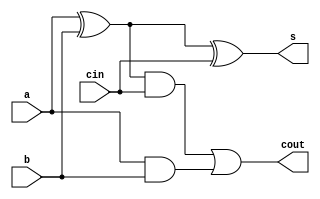
`timescale 1 ns / 100 ps

`define BITS 4
`define NUM_INPUTS 2

module FA (
  a,
  b,
  cin,
  s,
  cout
);
   input a,b,cin;
   output s,cout;

   wire   xor_int, and0_int, and1_int;

   assign xor_int = a ^ b;
   assign and0_int = xor_int & cin;
   assign and1_int = a & b;
   
   

   assign s = xor_int^cin;
   assign cout = and0_int | and1_int;
   

endmodule // FA

module HA (
  a,
  b,
  s,
  cout
);

   input a,b;
   output s,cout;

   assign s = a ^ b;
   assign cout = a & b;
   

endmodule // HA


module array_mul (
    a,
    b,
    z);

   input  [`BITS-1:0] a,b;
   output [(`NUM_INPUTS*`BITS)-1:0] z;

   wire [`BITS*(`BITS-1)-1:0]       c;
   wire [`BITS*(`BITS-1)-1:0]       s;
   wire                             pp00;
   wire                             pp01;
   wire                             pp02;
   wire                             pp03;
   wire                             pp10;
   wire                             pp11;
   wire                             pp12;
   wire                             pp13;
   wire                             pp20;
   wire                             pp21;
   wire                             pp22;
   wire                             pp23;
   wire                             pp30;
   wire                             pp31;
   wire                             pp32;
   wire                             pp33;

   assign pp00 = a[0] & b[0];
   assign pp01 = a[0] & b[1];
   assign pp02 = a[0] & b[2];
   assign pp03 = a[0] & b[3];
   assign pp10 = a[1] & b[0];
   assign pp11 = a[1] & b[1];
   assign pp12 = a[1] & b[2];
   assign pp13 = a[1] & b[3];
   assign pp20 = a[2] & b[0];
   assign pp21 = a[2] & b[1];
   assign pp22 = a[2] & b[2];
   assign pp23 = a[2] & b[3];
   assign pp30 = a[3] & b[0];
   assign pp31 = a[3] & b[1];
   assign pp32 = a[3] & b[2];
   assign pp33 = a[3] & b[3];
   
   

   assign z[0] = pp00;
   //level0   
   HA ha0 (.a(pp10),.b(pp01),.s(s[0]),.cout(c[0]));
   HA ha1 (.a(pp20),.b(pp11),.s(s[1]),.cout(c[1]));
   HA ha2 (.a(pp30),.b(pp31),.s(s[2]),.cout(c[2]));

   assign z[1] = s[0];
   
   //level1   
   FA fa3 (.a(s[1]),.b(c[0]),.cin(pp02),.s(s[3]),.cout(c[3]));
   FA fa4 (.a(s[2]),.b(c[1]),.cin(pp12),.s(s[4]),.cout(c[4]));
   FA fa5 (.a(pp31),.b(c[2]),.cin(pp22),.s(s[5]),.cout(c[5]));

   assign z[2] = s[3];

   //level2
   FA fa6 (.a(s[4]),.b(c[3]),.cin(pp03),.s(s[6]),.cout(c[6]));
   FA fa7 (.a(s[5]),.b(c[4]),.cin(pp13),.s(s[7]),.cout(c[7]));
   FA fa8 (.a(pp32),.b(c[5]),.cin(pp23),.s(s[8]),.cout(c[8]));

   assign z[3] = s[6];

   //level3 - RCA
   HA ha9 (.a(s[7]),.b(c[6]),            .s(s[9]) ,.cout(c[9]));
   FA fa10(.a(s[8]),.b(c[7]),.cin(c[9]) ,.s(s[10]),.cout(c[10]));
   FA fa11(.a(pp33),.b(c[8]),.cin(c[10]),.s(s[11]),.cout(c[11]));

   assign z[4] = s[9];
   assign z[5] = s[10];
   assign z[6] = s[11];
   assign z[7] = c[11];
   
   
   
   

   



endmodule // dsc_mul